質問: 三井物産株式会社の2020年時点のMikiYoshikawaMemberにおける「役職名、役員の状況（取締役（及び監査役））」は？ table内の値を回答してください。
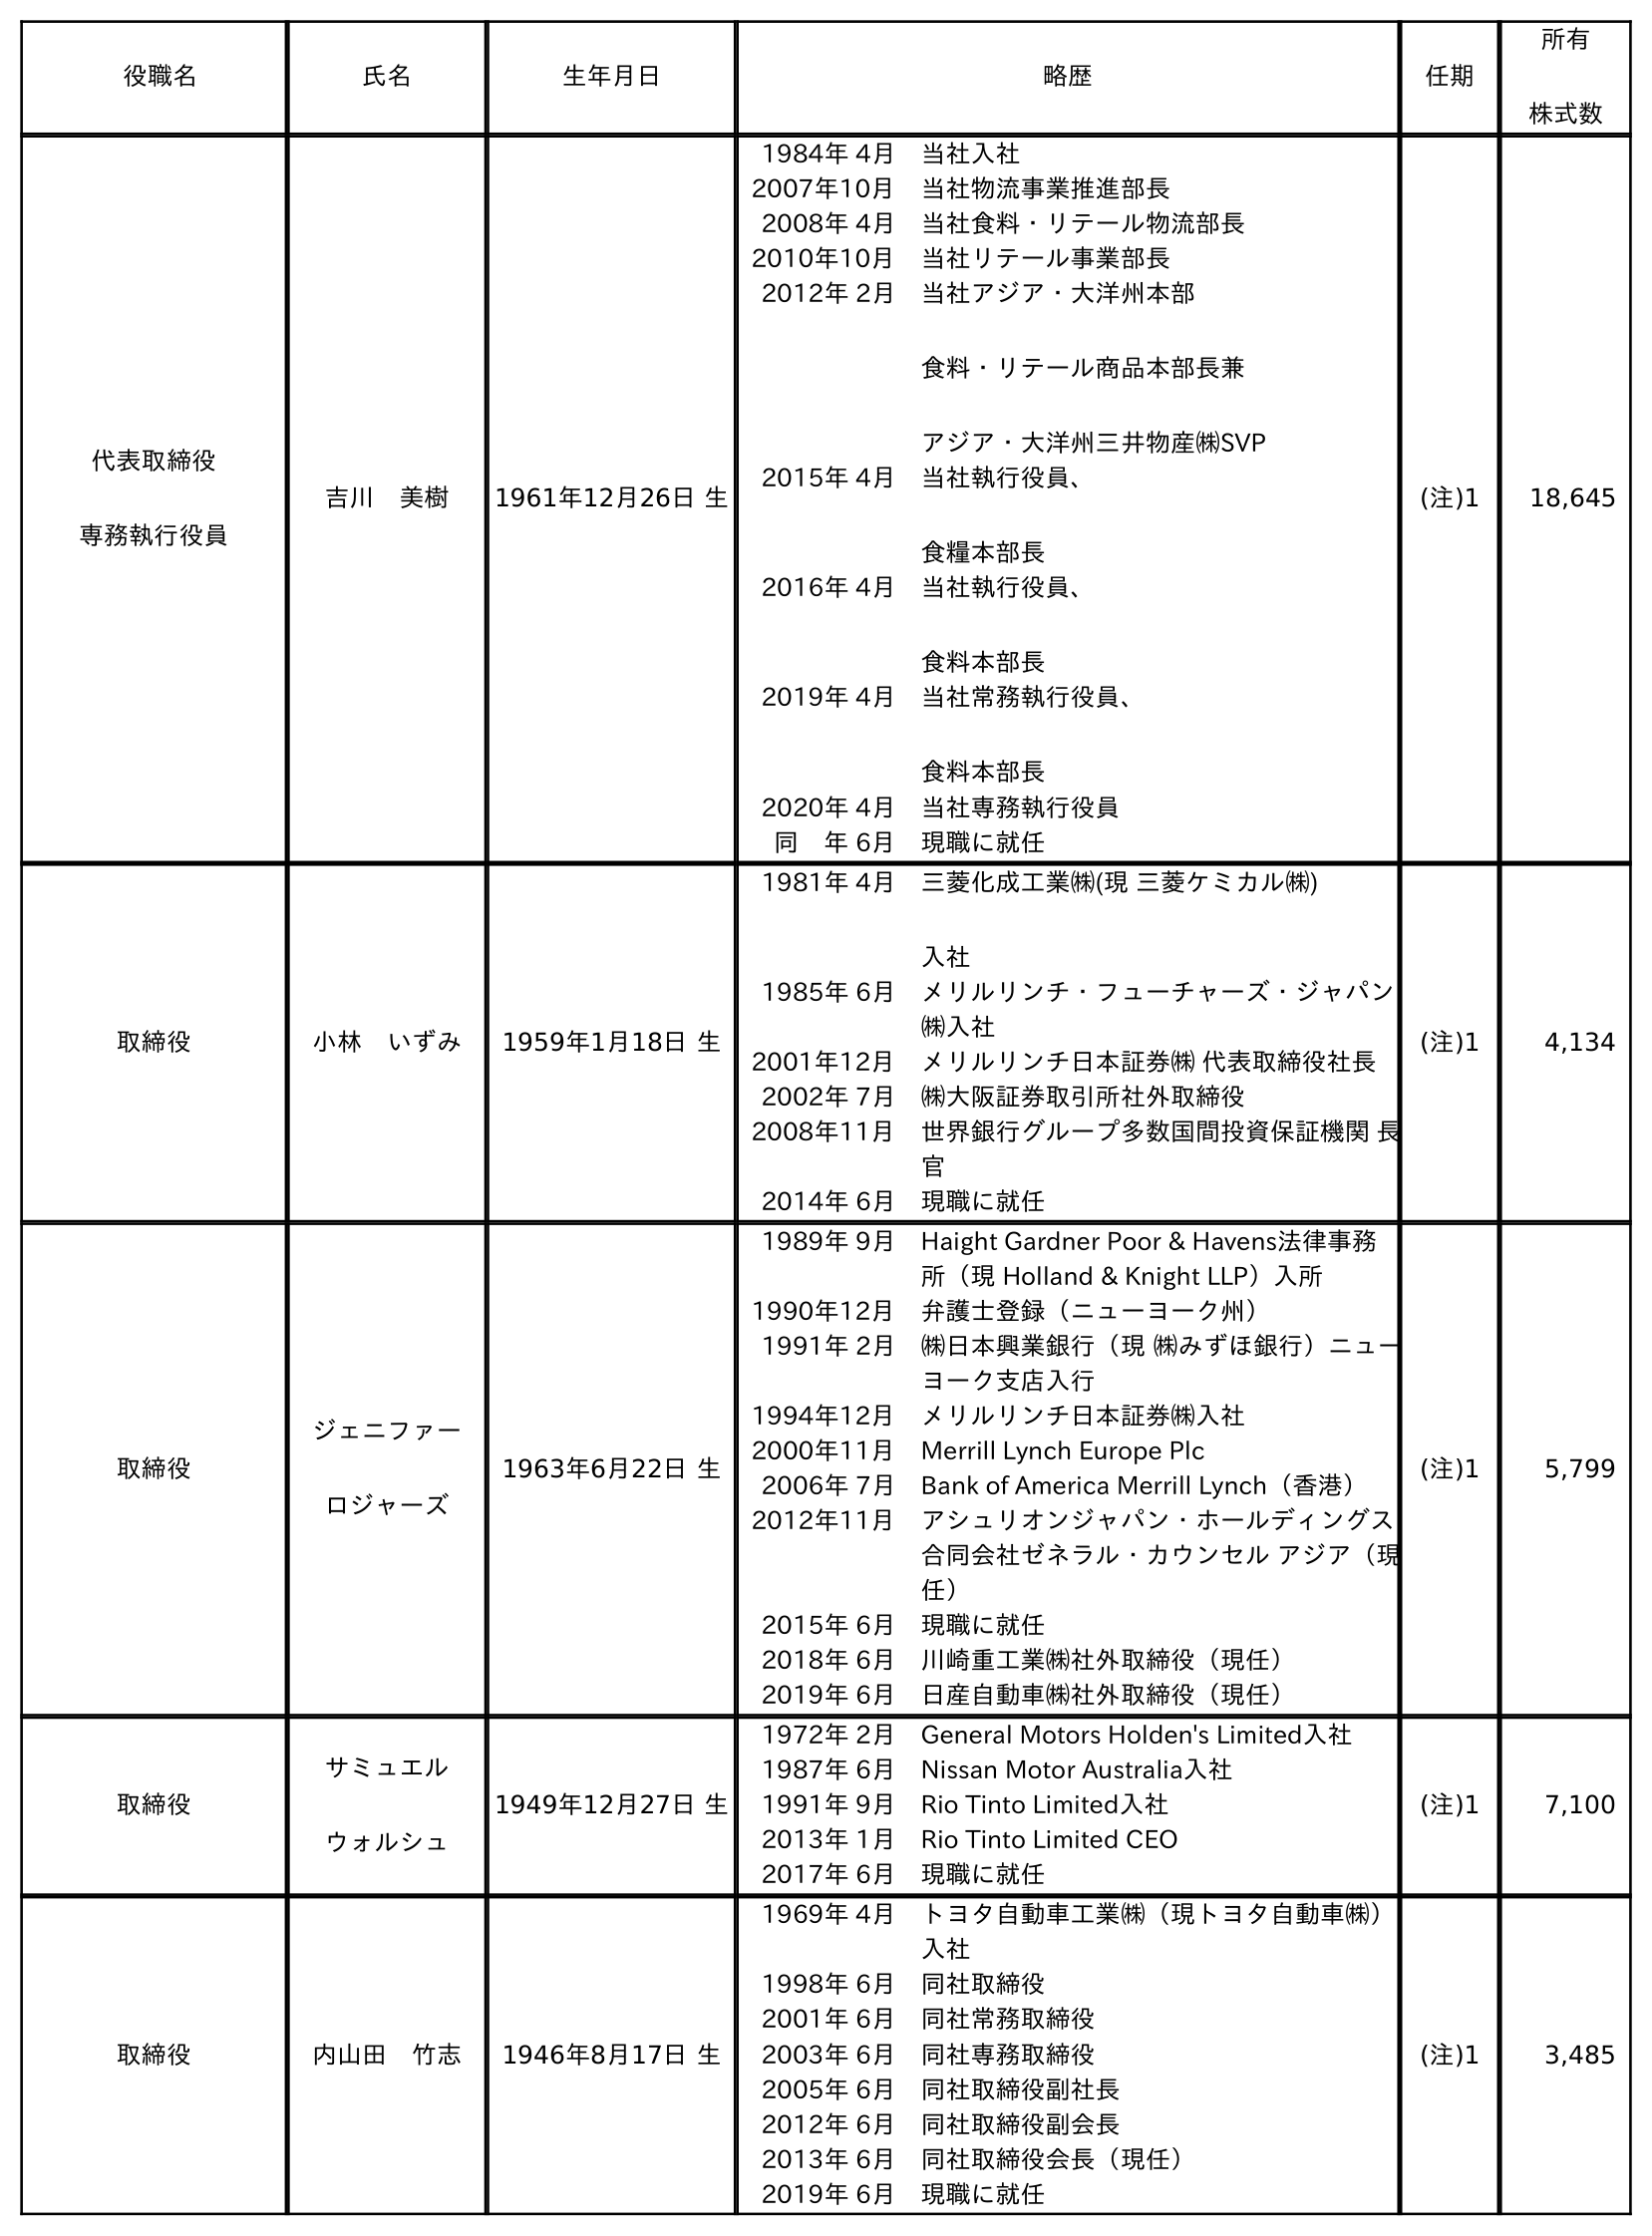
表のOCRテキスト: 役職名 氏名 生年月日 略歴 任期 所有 株式数 代表取締役 専務執行役員 吉川 美樹 1961年12月26日 生 1984年 4月 当社入社 2007年10月 当社物流事業推進部長 2008年 4月 当社食料・リテール物流部長 2010年10月 当社リテール事業部長 2012年 2月 当社アジア・大洋州本部 食料・リテール商品本部長兼 アジア・大洋州三井物産㈱SVP 2015年 4月 当社執行役員、 食糧本部長 2016年 4月 当社執行役員、 食料本部長 2019年 4月 当社常務執行役員、 食料本部長 2020年 4月 当社専務執行役員 同 年 6月 現職に就任 (注)1 18,645 取締役 小林 いずみ 1959年1月18日 生 1981年 4月 三菱化成工業㈱(現 三菱ケミカル㈱) 入社 1985年 6月 メリルリンチ・フューチャーズ・ジャパン ㈱入社 2001年12月 メリルリンチ日本証券㈱ 代表取締役社長 2002年 7月 ㈱大阪証券取引所社外取締役 2008年11月 世界銀行グループ多数国間投資保証機関 長 官 2014年 6月 現職に就任 (注)1 4,134 取締役 ジェニファー ロジャーズ 1963年6月22日 生 1989年 9月 Haight Gardner Poor & Havens法律事務 所（現 Holland & Knight LLP）入所 1990年12月 弁護士登録（ニューヨーク州） 1991年 2月 ㈱日本興業銀行（現 ㈱みずほ銀行）ニュー ヨーク支店入行 1994年12月 メリルリンチ日本証券㈱入社 2000年11月 Merrill Lynch Europe Plc 2006年 7月 Bank of America Merrill Lynch（香港） 2012年11月 アシュリオンジャパン・ホールディングス 合同会社ゼネラル・カウンセル アジア（現 任） 2015年 6月 現職に就任 2018年 6月 川崎重工業㈱社外取締役（現任） 2019年 6月 日産自動車㈱社外取締役（現任） (注)1 5,799 取締役 サミュエル ウォルシュ 1949年12月27日 生 1972年 2月 General Motors Holden's Limited入社 1987年 6月 Nissan Motor Australia入社 1991年 9月 Rio Tinto Limited入社 2013年 1月 Rio Tinto Limited CEO 2017年 6月 現職に就任 (注)1 7,100 取締役 内山田 竹志 1946年8月17日 生 1969年 4月 トヨタ自動車工業㈱（現トヨタ自動車㈱） 入社 1998年 6月 同社取締役 2001年 6月 同社常務取締役 2003年 6月 同社専務取締役 2005年 6月 同社取締役副社長 2012年 6月 同社取締役副会長 2013年 6月 同社取締役会長（現任） 2019年 6月 現職に就任 (注)1 3,485
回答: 代表取締役専務執行役員